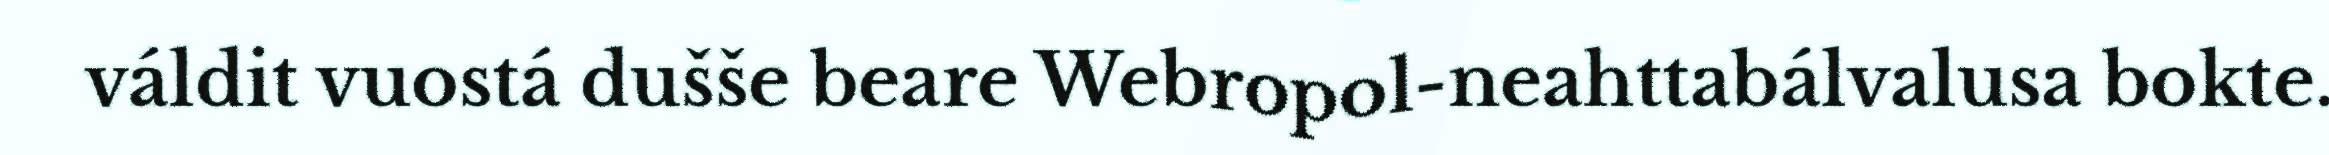
váldit vuostá dušše beare Webropol-neahttabálvalusa bokte.